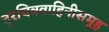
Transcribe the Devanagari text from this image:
दूरचित्रवाहिनीसमूह